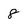
Character: 8